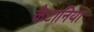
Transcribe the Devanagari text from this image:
कैटानिया